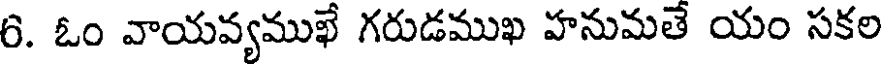
6. ఓం వాయవ్యముఖే గరుడముఖ హనుమతే యం సకల